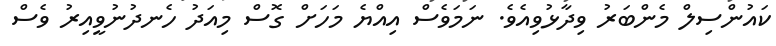
ކައުންސިލް މެންބަރު ވިދާޅުވިއެވެ. ނަމަވެސް އިއްޔެ މަހަށް ގޮސް މިއަދު ހެނދުނުވީއިރު ވެސް